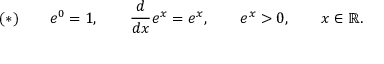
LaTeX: ( * ) \qquad e ^ { 0 } = 1 , \qquad { \frac { d } { d x } } e ^ { x } = e ^ { x } , \qquad e ^ { x } > 0 , \qquad x \in \mathbb { R } .